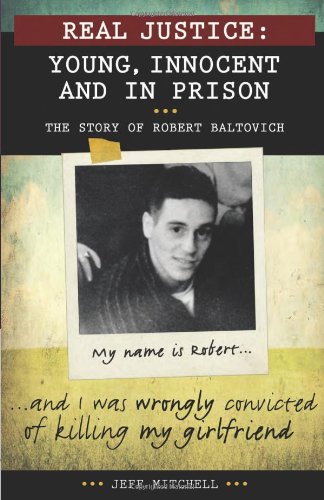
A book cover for Real Justice: Young, Innocent and in Prison: The Story of Robert Baltovich (Lorimer Real Justice); Jeff Mitchell; Teen & Young Adult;